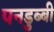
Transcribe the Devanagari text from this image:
पनडुब्‍बी